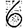
Digit: 6